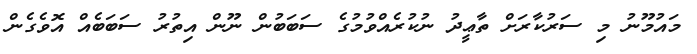
މައުމޫނު މި ސަރުކާރަށް ތާޢީދު ނުކުރެއްވުމުގެ ސަބަބުން ނޫން އިތުރު ސަބަބެއް އޮވެގެން